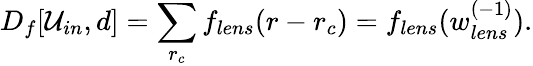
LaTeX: D_{f}[\mathcal{U}_{in},d]=\sum_{r_{c}}f_{lens}(r-r_{c})=f_{lens}(w_{lens}^{(-1)}).